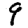
Digit: 9